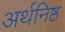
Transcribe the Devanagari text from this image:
अर्थनिष्ठ